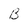
Character: B